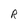
Character: R